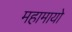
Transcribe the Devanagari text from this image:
महामायो